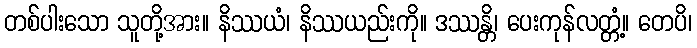
တစ်ပါးသော သူတို့အား။ နိဿယံ၊ နိဿယည်းကို။ ဒဿန္တိ၊ ပေးကုန်လတ္တံ့။ တေပိ၊